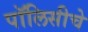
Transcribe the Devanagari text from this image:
पॉलिसीचे